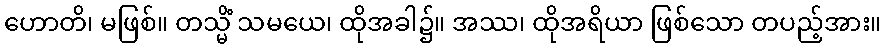
ဟောတိ၊ မဖြစ်။ တသ္မိံ သမယေ၊ ထိုအခါ၌။ အဿ၊ ထိုအရိယာ ဖြစ်သော တပည့်အား။